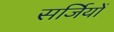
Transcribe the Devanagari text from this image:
सर्जियों